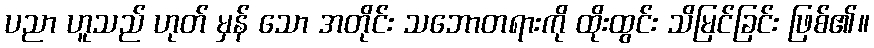
ပညာ ဟူသည် ဟုတ် မှန် သော အတိုင်း သဘောတရားကို ထိုးထွင်း သိမြင်ခြင်း ဖြစ်၏။